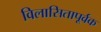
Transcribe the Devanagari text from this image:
विलासितापूर्वक